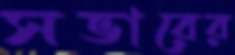
সভারের